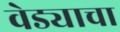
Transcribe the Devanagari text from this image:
वेड्याचा